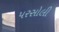
પરસોલી